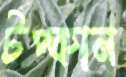
টপ্‌কান